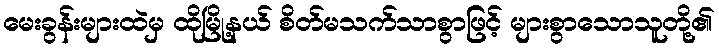
မေးခွန်းများထဲမှ ထိုမြို့နယ် စိတ်မသက်သာစွာဖြင့် များစွာသောသူတို့၏